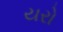
યરો